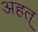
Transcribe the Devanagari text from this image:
अहत्